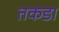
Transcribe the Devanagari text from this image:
तकडा